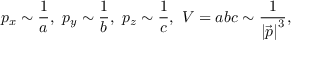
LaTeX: p _ { x } \sim \frac 1 a , \ p _ { y } \sim \frac 1 b , \ p _ { z } \sim \frac 1 c , \ V = a b c \sim \frac 1 { \left| \vec { p } \right| ^ { 3 } } ,